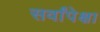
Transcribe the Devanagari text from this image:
सर्वांपेक्षा